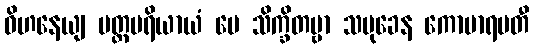
ဝိဟနေယျ ပတ္တပရိယာယံ ပေ သိက္ခိတဗ္ဗာ သမုခေန ကောမာရပတီ